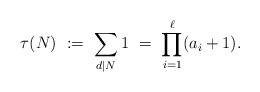
LaTeX: \begin{align*}\tau(N)\ :=\ \sum_{d|N} 1\ =\ \prod_{i=1}^\ell (a_i+1).\end{align*}